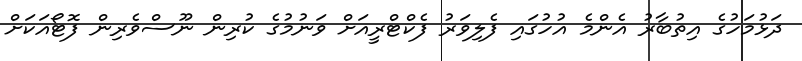
ދަޅުމަހުގެ އިތުބާރު އެންމެ އުހުގައި ފެލިވަރު ފެކްޓްރީއަށް ވަނުމުގެ ކުރިން ނޫސްވެރިން ފޮޓޯއަކަށް